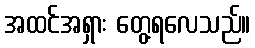
အထင်အရှား တွေ့ရလေသည်။